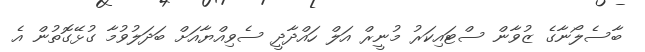
ބާސެލޯނާގެ ޒުވާން ސްޓައިކަރު މުނީރް އަލް ހައްދާދީ ސެވިއްޔާއަށް ބަދަލުވުމާ ގުޅޭގޮތުން އެ